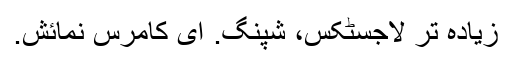
زیادہ تر لاجسٹکس، شپنگ. ای کامرس نمائش.